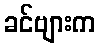
ခင်ဗျားက